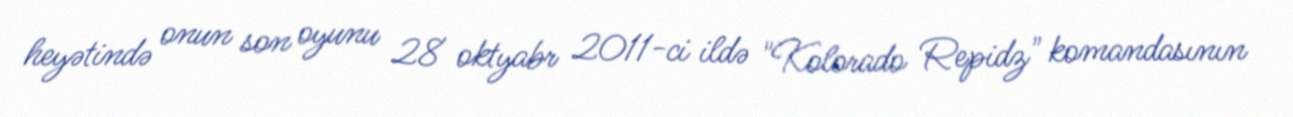
heyətində onun son oyunu 28 oktyabr 2011-ci ildə "Kolorado Repidz" komandasının